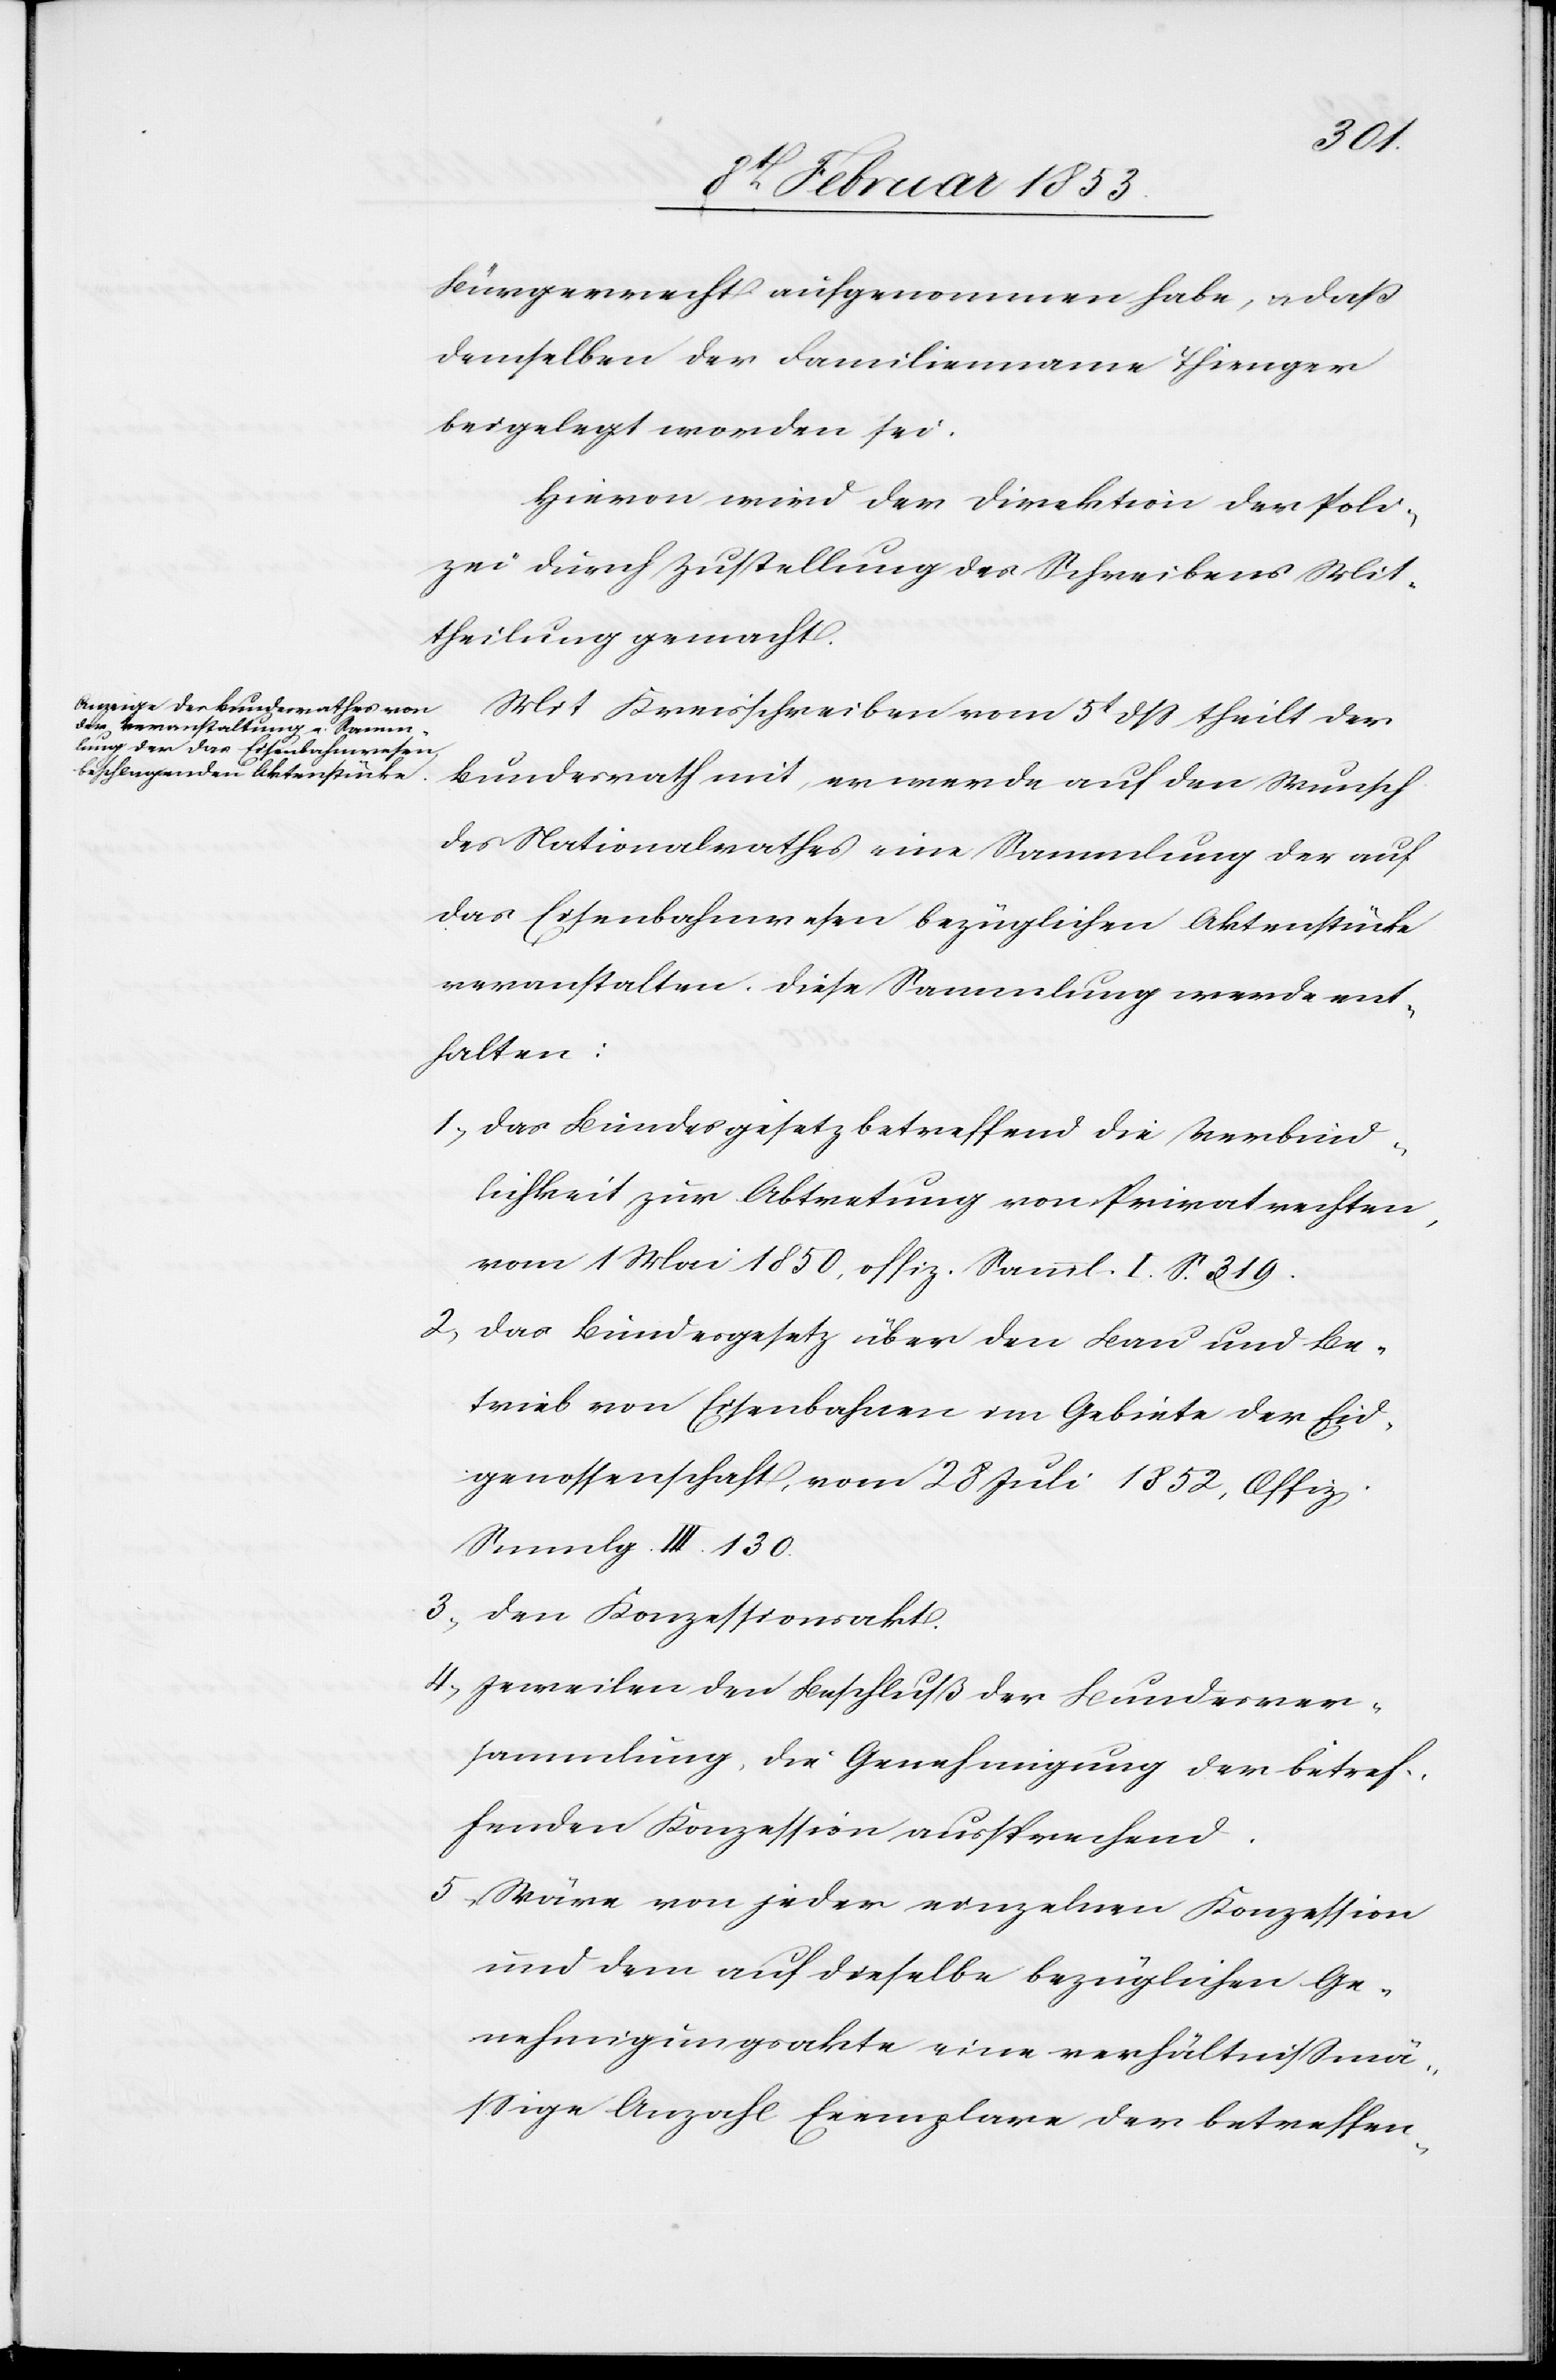
Bürgerrecht aufgenommen habe, u. daß
demselben der Familienname Thienger
beigelegt worden sei.
Hievon wird der Direktion der Poli¬
zei durch Zustellung des Schreibens Mit¬
theilung gemacht.
Mit Kreisschreiben vom 5t. dß theilt der
Bundesrath mit, er werde auf den Wunsch
des Nationalrathes eine Sammlung der auf
das Eisenbahnwesen bezüglichen Aktenstücke
veranstalten. Diese Sammlung werden ent¬
halten:
1, das Bundesgesetz betreffend die Verbind¬
lichkeit zur Abtretung von Privatrechten,
vom 1 Mai 1850, offiz. Samml. I. S. 319.
2, Das Bundesgesetz über den Bau und Be¬
trieb von Eisenbahnen im Gebiete der Eid¬
genossenschaft, vom 28 Juli 1852, Offiz.
Sammlg. III. 130.
3, den Konzessionsakt.
4, Jeweilen den Beschluß der Bundesver¬
sammlung, die Genehmigung der betref¬
fenden Konzession aussprechend.
5, Wäre von jeder einzelnen Konzession
und dem auf dieselbe bezüglichen Ge¬
nehmigungsakte eine verhältnißmä¬
ßige Anzahl Exemplare der betreffen-